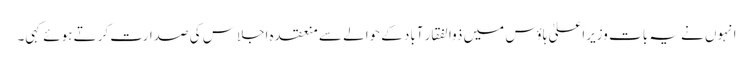
انہوں نے یہ بات وزیراعلیٰ ہاوٴس میں ذوالفقار آباد کے حوالے سے منعقدہ اجلاس کی صدارت کرتے ہوئے کہی۔